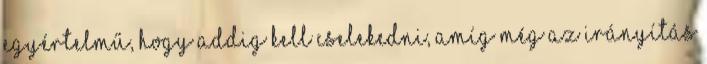
Egyértelmű, hogy addig kell cselekedni, amíg még az irányítás